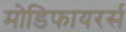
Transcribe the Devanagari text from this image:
मोडिफायरर्स